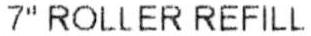
7" ROLLER REFILL